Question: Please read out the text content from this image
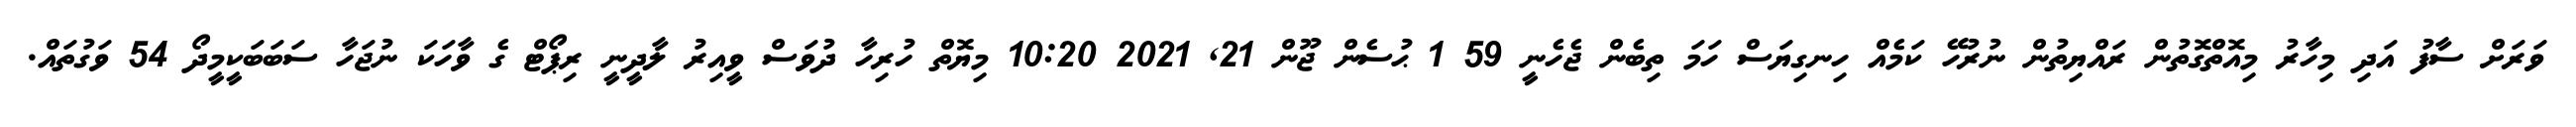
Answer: ވަރަށް ސާފު އަދި މިހާރު މިއޮތްގޮތުން ރައްޔިތުން ނުރުހޭ ކަމެއް ހިނގިޔަސް ހަމަ ތިބެން ޖެހެނީ 59 1 ޙުސެން ޖޫން 21, 2021 10:20 މިޔޮތް ހުރިހާ ދުވަސް ވީއިރު ލާދީނީ ރިޕޯޓް ގެ ވާހަކަ ނުޖަހާ ސަބަބަކީމީދޯ 54 ވަގުތައް.